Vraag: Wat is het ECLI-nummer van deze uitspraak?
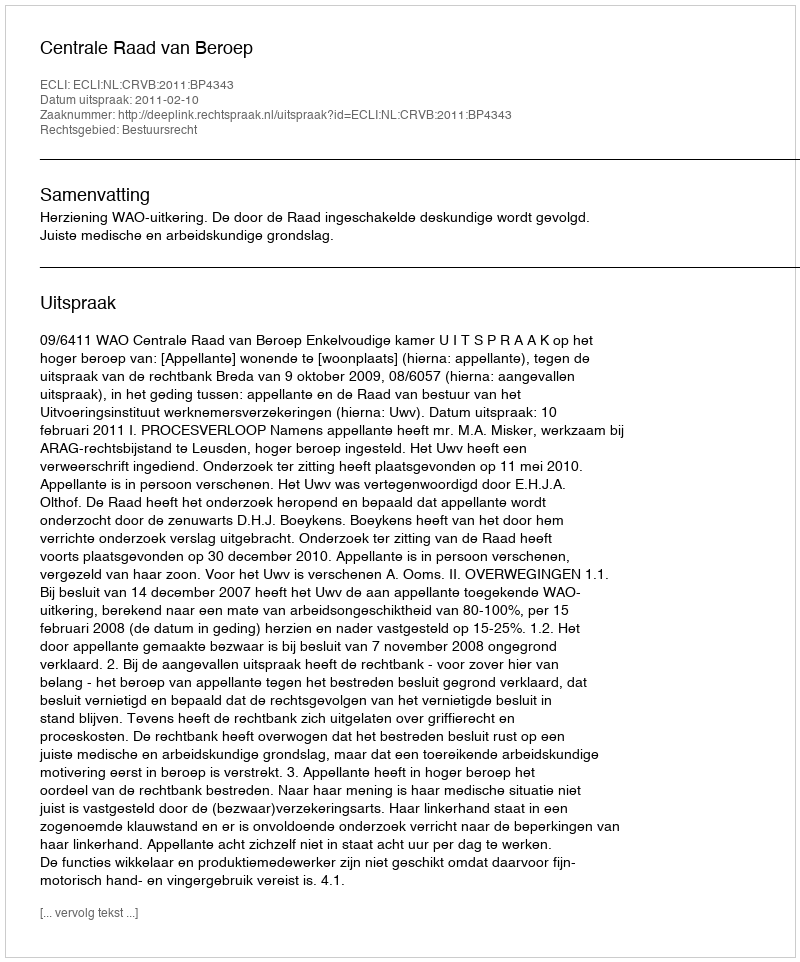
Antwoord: ECLI:NL:CRVB:2011:BP4343